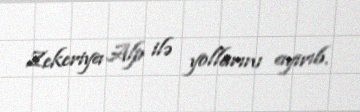
Zekeriya Alp ilə yollarını ayırıb.